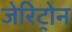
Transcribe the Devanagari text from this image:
जेरिट्रोन